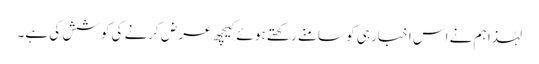
لہٰذا ہم نے اس اخبار ہی کو سامنے رکھتے ہو ئے کیچھ عرض کرنے کی کوشش کی ہے۔